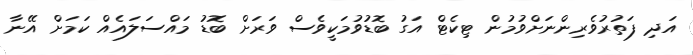
އަދި ފަތުރުވެރިންނަށްވުމުން ޓިކެޓް އަގު ބޮޑުވުމަކީވެސް ވަރަށް ބޮޑު މައްސަލައެއް ކަމަށް އޭނާ